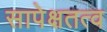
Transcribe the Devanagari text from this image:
सापेक्षतत्व